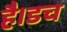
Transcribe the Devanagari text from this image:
है।डच